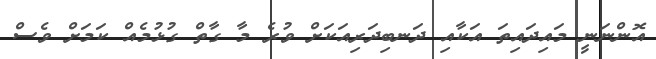
އޮންނަނީ މައިދައިތަ އަކާއި ދަނބިދަރިއަކަށް ވުރެ މާ ގާތް ގުޅުމެއް ކަމަށް ވެސް